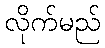
လိုက်မည်